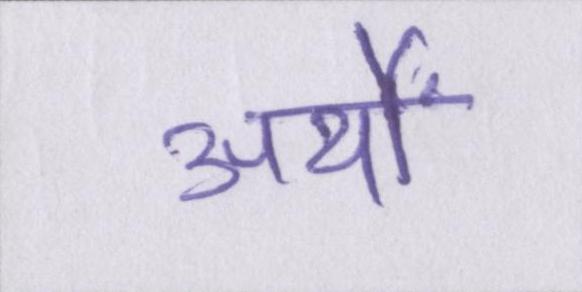
अर्थों